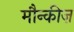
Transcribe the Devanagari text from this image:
मौन्कीज़